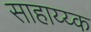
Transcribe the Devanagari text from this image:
साहाय्य्क